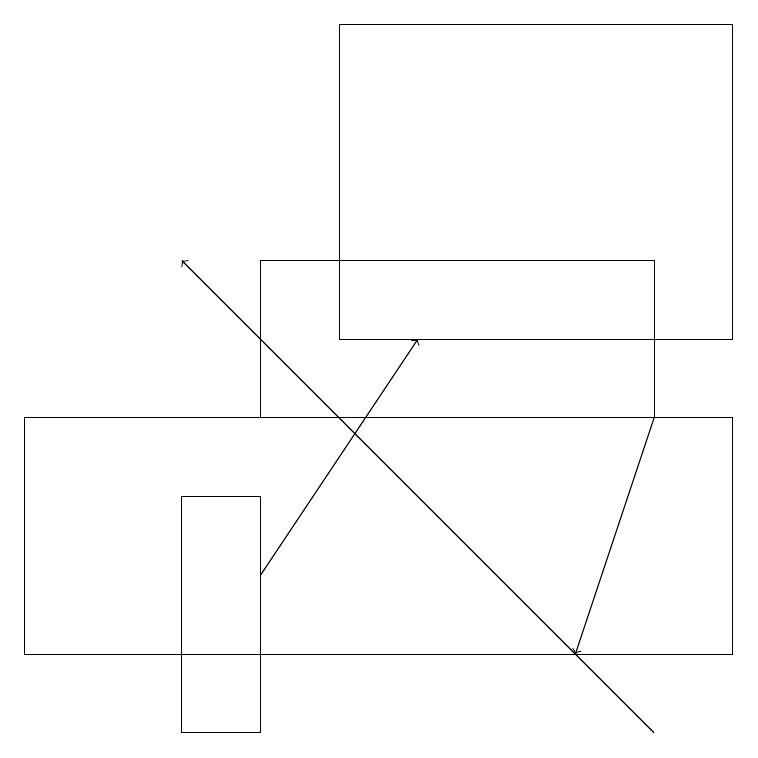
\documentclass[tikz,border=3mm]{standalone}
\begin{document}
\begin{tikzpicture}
\draw (3,10) rectangle (2,13);
\draw (8,16) rectangle (3,14);
\draw (9,19) rectangle (4,15);
\draw[->] (3,12) -- (5,15);
\draw[->] (8,14) -- (7,11);
\draw (0,11) rectangle (9,14);
\draw[->] (8,10) -- (2,16);
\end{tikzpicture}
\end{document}